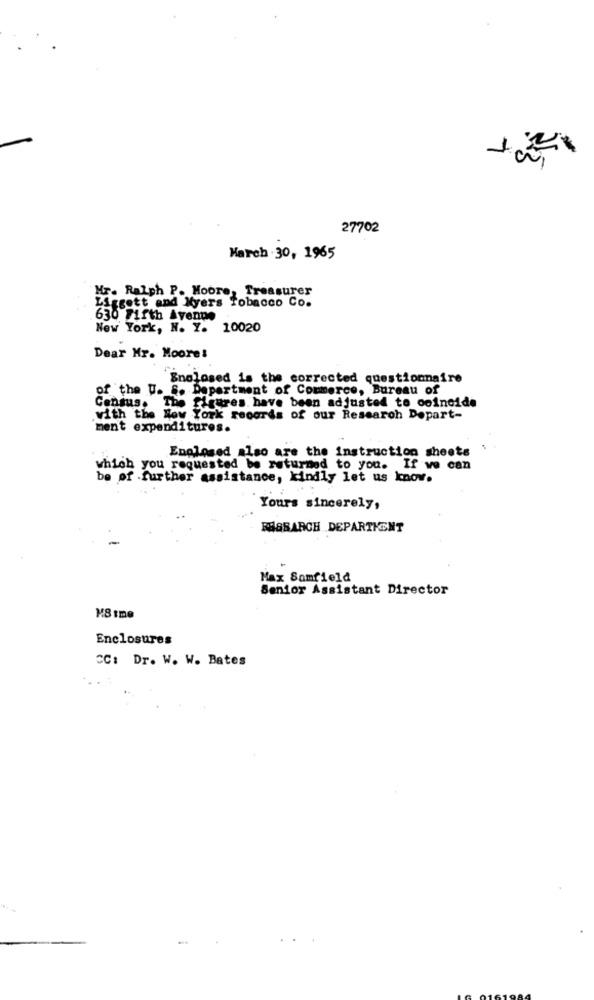
27702
March 30, 1965
Mr. Ralph P. Moore, Treasurer
Liggett and Myers Tobacco Co.
630 Fifth Avenue
New York, N. Y. 10020
Dear Mr. Moore!
Snolased is the corrected questionnaire
of the U. S. Department of Commerce, Bureau of
Census. The figures have been adjusted to coincide
with the New York records of our Research Dopart-
ment expenditures.
Enclosed also are the instruction sheets
which you requested be returned to you. If ve can
be of further assistance, kindly let us know.
Yours sincerely,
BAGSARCH DEPARTMENT
Max Samfield
Senior Assistant Director
MS tme
Enclosures
CC: Dr. W. W. Bates